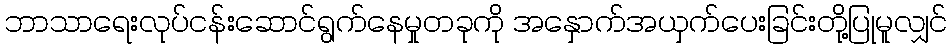
ဘာသာရေးလုပ်ငန်းဆောင်ရွက်နေမှုတခုကို အနှောက်အယှက်ပေးခြင်းတို့ပြုမူလျှင်